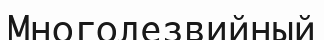
Многолезвийный